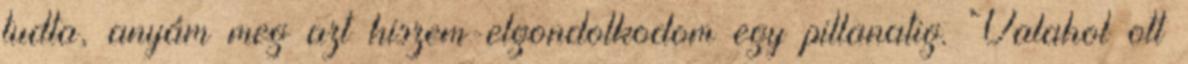
tudta, anyám meg azt hiszem-elgondolkodom egy pillanatig. Valahol ott